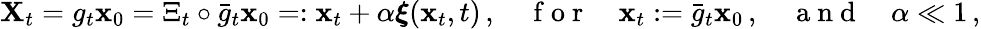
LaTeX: \begin{array}{r}{\mathbf{X}_{t}=g_{t}{\mathbf{x}}_{0}=\Xi_{t}\circ\bar{g}_{t}{\mathbf{x}}_{0}=:{\mathbf{x}}_{t}+\alpha\boldsymbol{\xi}({\mathbf{x}}_{t},t)\, ,\quad\mathrm{~f~o~r~}\quad\mathbf{x}_{t}:=\bar{g}_{t}{\mathbf{x}}_{0}\, ,\quad\mathrm{~a~n~d~}\quad\alpha\ll 1\, ,}\end{array}